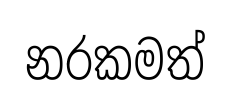
නරකමත්